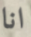
انا